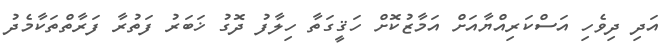
އަދި ދިވެހި އަސްކަރިއްޔާއަށް އަމާޒުކޮށް ހަޤީގަތާ ހިލާފު ދޮގު ޚަބަރު ފަތުރާ ފަރާތްތަކާމެދު